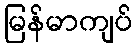
မြန်မာကျပ်